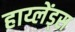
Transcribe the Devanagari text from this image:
हाय्लेंड्स